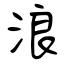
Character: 浪